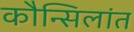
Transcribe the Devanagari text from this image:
कौन्सिलांत